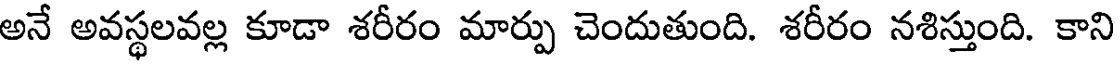
అనే అవస్థలవల్ల కూడా శరీరం మార్పు చెందుతుంది. శరీరం నశిస్తుంది. కాని